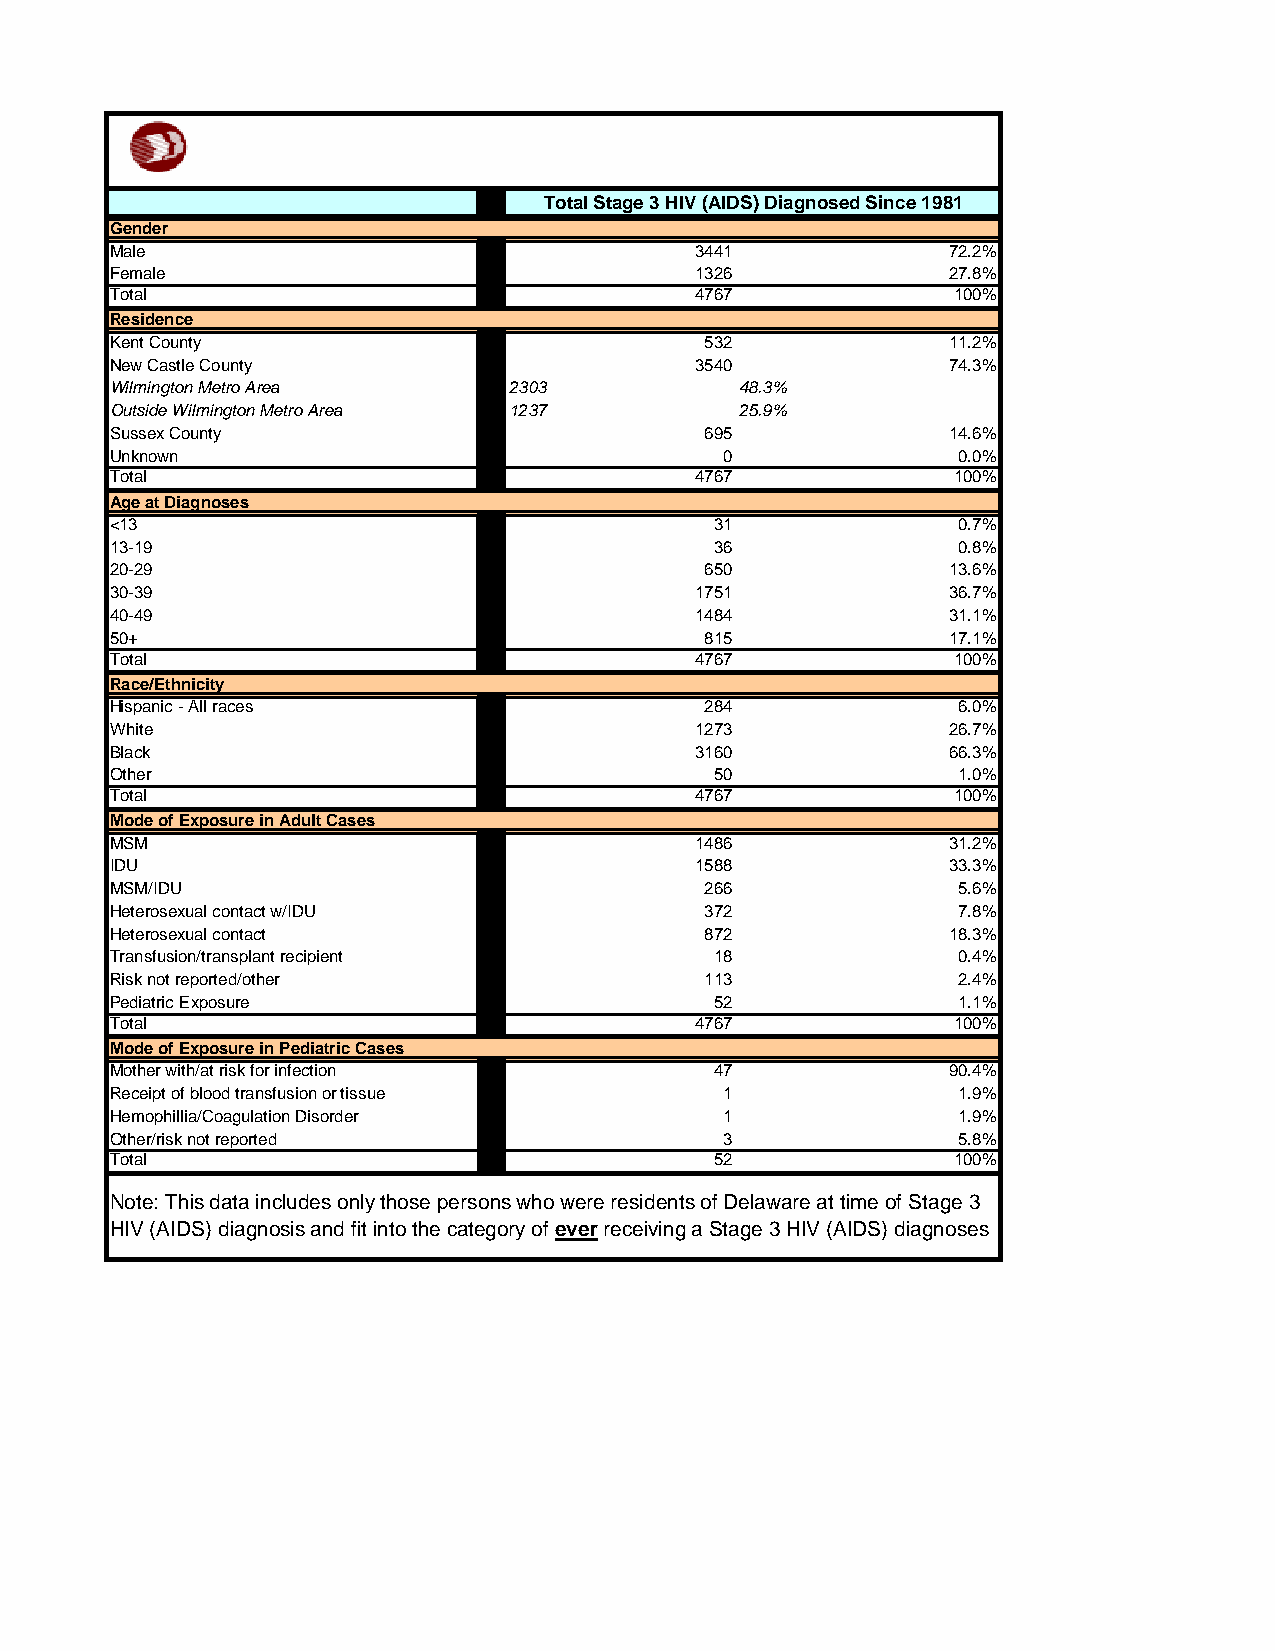
Total Stage 3 HIV (AIDS) Diagnosed Since 1981
 Gender
 Male                                   3441             72.2%
 Female                                 1326             27.8%
 Total                                  4767             100%
 Residence
 Kent County                             532             11.2%
 New Castle County                      3540             74.3%
 Wilmington Metro Area      2303           48.3%
 Outside Wilmington Metro Area 1237        25.9%
 Sussex County                           695             14.6%
 Unknown                                  0              0.0%
 Total                                  4767             100%
 Age at Diagnoses
 <13                                     31              0.7%
 13-19                                   36              0.8%
 20-29                                   650             13.6%
 30-39                                  1751             36.7%
 40-49                                  1484             31.1%
 50+                                     815             17.1%
 Total                                  4767             100%
 Race/Ethnicity
 Hispanic - All races                    284             6.0%
 White                                  1273             26.7%
 Black                                  3160             66.3%
 Other                                   50              1.0%
 Total                                  4767             100%
 Mode of Exposure in Adult Cases
 MSM                                    1486             31.2%
 IDU                                    1588             33.3%
 MSM/IDU                                 266             5.6%
 Heterosexual contact w/IDU              372             7.8%
 Heterosexual contact                    872             18.3%
 Transfusion/transplant recipient        18              0.4%
 Risk not reported/other                 113             2.4%
 Pediatric Exposure                      52              1.1%
 Total                                  4767             100%
 Mode of Exposure in Pediatric Cases
 Mother with/at risk for infection       47              90.4%
 Receipt of blood transfusion or tissue   1              1.9%
 Hemophillia/Coagulation Disorder         1              1.9%
 Other/risk not reported                  3              5.8%
 Total                                   52              100%
 Note: This data includes only those persons who were residents of Delaware at time of Stage 3
 HIV (AIDS) diagnosis and fit into the category of ever receiving a Stage 3 HIV (AIDS) diagnoses